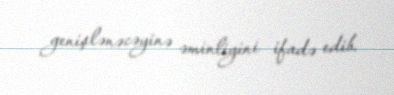
genişlənəcəyinə əminliyini ifadə edib.